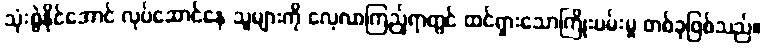
သုံးစွဲနိုင်အောင် လုပ်ဆောင်နေ သူများကို လေ့လာကြည့်ရာတွင် ထင်ရှားသောကြိုးပမ်းမှု တစ်ခုဖြစ်သည်။